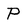
Character: P